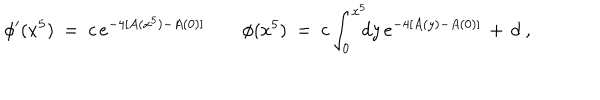
LaTeX: \phi ^ { \prime } ( x ^ { 5 } ) \ = \ c \, e ^ { - 4 [ A ( x ^ { 5 } ) - A ( 0 ) ] } \qquad \phi ( x ^ { 5 } ) \ = \ c \int _ { 0 } ^ { x ^ { 5 } } \! \! \! d y \, e ^ { - 4 [ A ( y ) - A ( 0 ) ] } \, + \, d \ ,